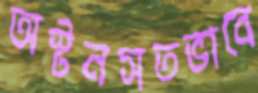
অস্টনসতভাবে